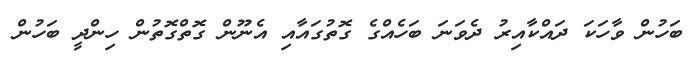
ބަހުން ވާހަކަ ދައްކާއިރު ދެވަނަ ބަހެއްގެ ގޮތުގައާއި އެނޫން ގޮތްގޮތުން ހިންދީ ބަހުން